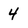
Character: 4